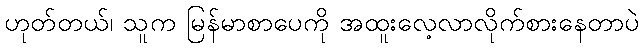
ဟုတ်တယ်၊ သူက မြန်မာစာပေကို အထူးလေ့လာလိုက်စားနေတာပဲ